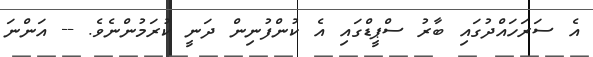
އެ ސަރަހައްދުގައި ބާރު ސްޕީޑްގައި އެ ކުންފުނިން ދަނީ ކުރަމުންނެވެ. -- އަންނަ